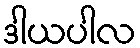
ဒါယပါလ